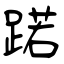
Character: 蹃